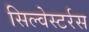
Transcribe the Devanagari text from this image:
सिल्वेस्टर्रस